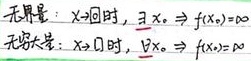
无界量：当\(x \to x_0\) 时，\(\exists x_n\) 使得 \(f(x_n)=\infty\)。

无穷大量：当\(x \to x_0\) 时，\(\forall x_n\) 都有 \(f(x_n)=\infty\)。